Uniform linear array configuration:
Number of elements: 48
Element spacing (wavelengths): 0.25
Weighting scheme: hann
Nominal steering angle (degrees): -45
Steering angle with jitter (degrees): -46.291
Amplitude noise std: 0.05
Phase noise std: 0.05

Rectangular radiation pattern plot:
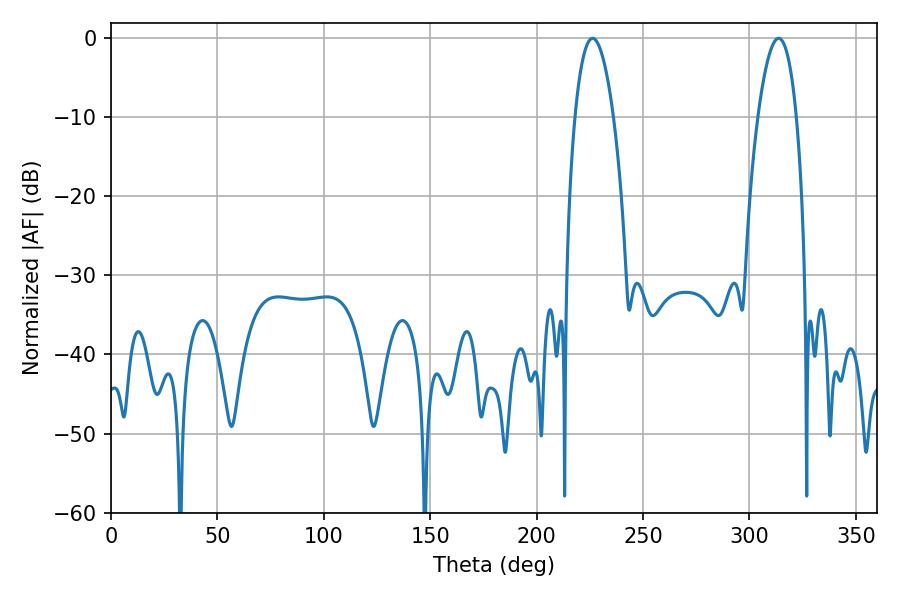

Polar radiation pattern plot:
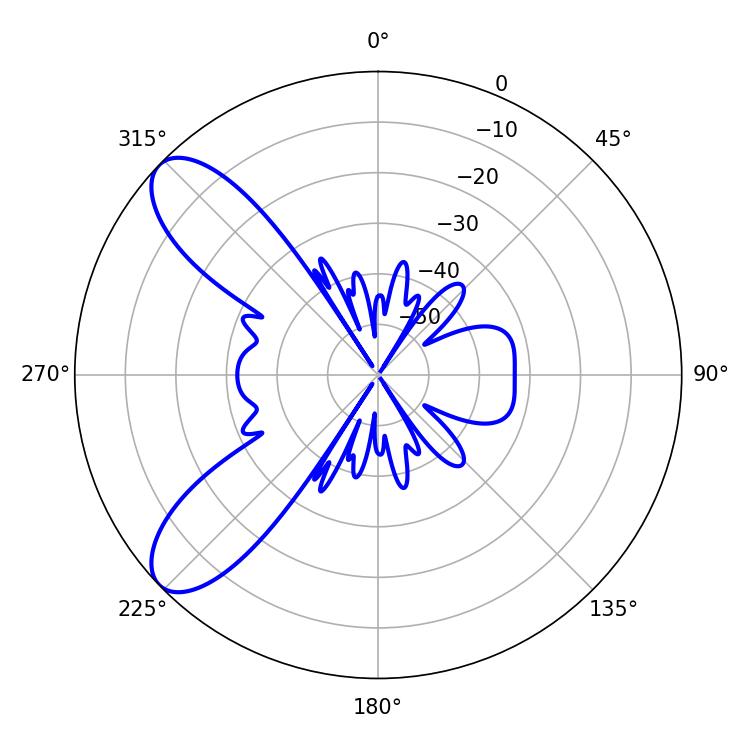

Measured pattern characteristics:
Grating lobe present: FALSE
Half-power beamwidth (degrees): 9.9
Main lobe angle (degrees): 226.26